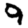
Digit: 9